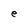
Character: e